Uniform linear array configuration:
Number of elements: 32
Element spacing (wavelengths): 0.75
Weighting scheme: cosine
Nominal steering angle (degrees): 60
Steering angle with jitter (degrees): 61.756
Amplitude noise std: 0.05
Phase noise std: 0.05

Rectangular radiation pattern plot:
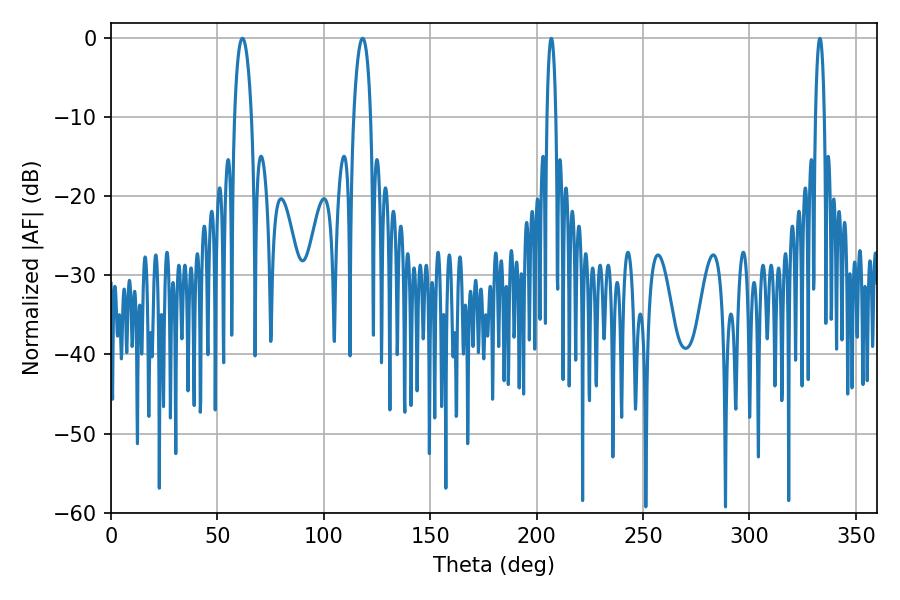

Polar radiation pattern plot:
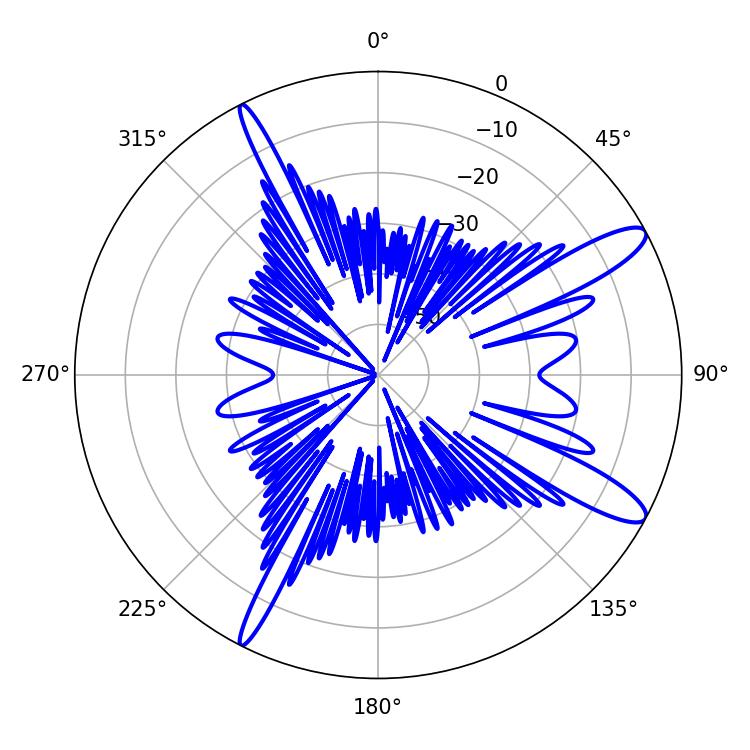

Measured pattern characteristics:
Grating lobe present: TRUE
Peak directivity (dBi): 12.448
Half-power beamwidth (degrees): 4.5
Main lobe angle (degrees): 61.74